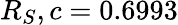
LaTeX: R_{S},c=0.6993